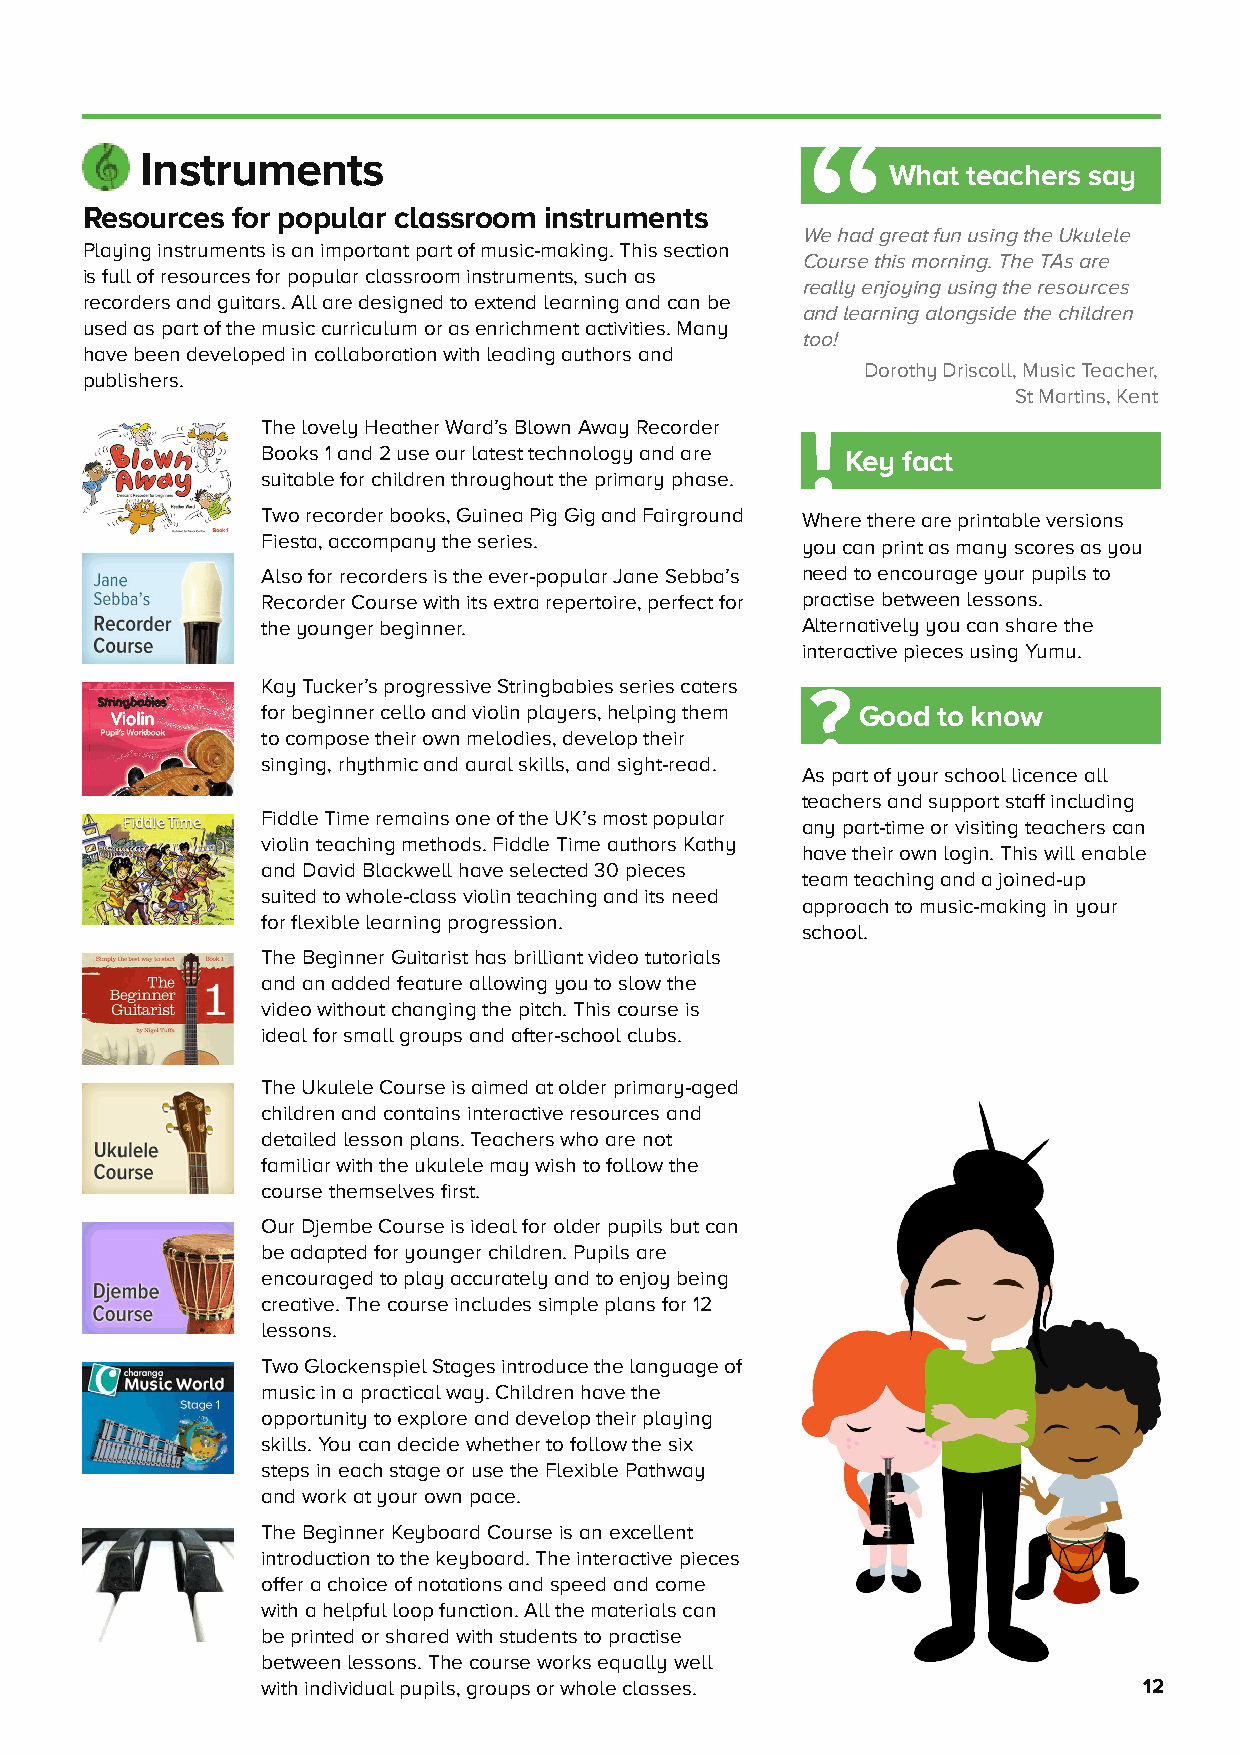
“
 Instruments
 What teachers say
 Resources for popular classroom instruments
 We had great fun using the Ukulele
 Playing instruments is an important part of music-making. This section
 Course this morning. The TAs are
 is full of resources for popular classroom instruments, such as
 really enjoying using the resources
 recorders and guitars. All are designed to extend learning and can be
 and learning alongside the children
 used as part of the music curriculum or as enrichment activities. Many
 too!
 have been developed in collaboration with leading authors and
 Dorothy Driscoll, Music Teacher,
 publishers.
 St Martins, Kent
 !
 The lovely Heather Ward’s Blown Away Recorder
 Books 1 and 2 use our latest technology and are Key fact
 suitable for children throughout the primary phase.
 Two recorder books, Guinea Pig Gig and Fairground Where there are printable versions
 Fiesta, accompany the series.       you can print as many scores as you
 Also for recorders is the ever-popular Jane Sebba’s need to encourage your pupils to
 Recorder Course with its extra repertoire, perfect for practise between lessons.
 the younger beginner.               Alternatively you can share the
 interactive pieces using Yumu.
 Kay Tucker’s progressive Stringbabies series caters ?
 for beginner cello and violin players, helping them Good to know
 to compose their own melodies, develop their
 singing, rhythmic and aural skills, and sight-read.
 As part of your school licence all
 teachers and support staff including
 Fiddle Time remains one of the UK’s most popular
 any part-time or visiting teachers can
 violin teaching methods. Fiddle Time authors Kathy
 have their own login. This will enable
 and David Blackwell have selected 30 pieces
 team teaching and a joined-up
 suited to whole-class violin teaching and its need
 approach to music-making in your
 for flexible learning progression.
 school.
 The Beginner Guitarist has brilliant video tutorials
 and an added feature allowing you to slow the
 video without changing the pitch. This course is
 ideal for small groups and after-school clubs.
 The Ukulele Course is aimed at older primary-aged
 children and contains interactive resources and
 detailed lesson plans. Teachers who are not
 familiar with the ukulele may wish to follow the
 course themselves first.
 Our Djembe Course is ideal for older pupils but can
 be adapted for younger children. Pupils are
 encouraged to play accurately and to enjoy being
 creative. The course includes simple plans for 12
 lessons.
 Two Glockenspiel Stages introduce the language of
 music in a practical way. Children have the
 opportunity to explore and develop their playing
 skills. You can decide whether to follow the six
 steps in each stage or use the Flexible Pathway
 and work at your own pace.
 The Beginner Keyboard Course is an excellent
 introduction to the keyboard. The interactive pieces
 offer a choice of notations and speed and come
 with a helpful loop function. All the materials can
 be printed or shared with students to practise
 between lessons. The course works equally well
 with individual pupils, groups or whole classes.           12